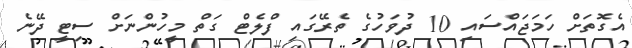
އެގޮތަށް ހަމަޖައްސައި 10 ދުވަހުގެ ތެރޭގައި ފްލެޓް ގަތް މީހުންނަށް ސިޓީ ދޭނެ